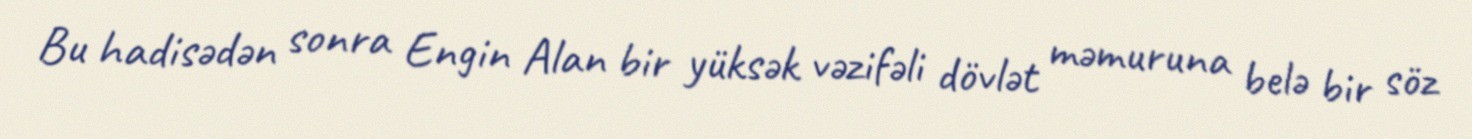
Bu hadisədən sonra Engin Alan bir yüksək vəzifəli dövlət məmuruna belə bir söz